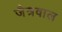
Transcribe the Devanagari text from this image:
जैत्रवाल